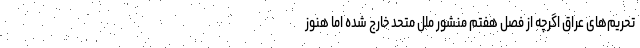
تحریم‌های عراق اگرچه از فصل هفتم منشور ملل متحد خارج شده اما هنوز